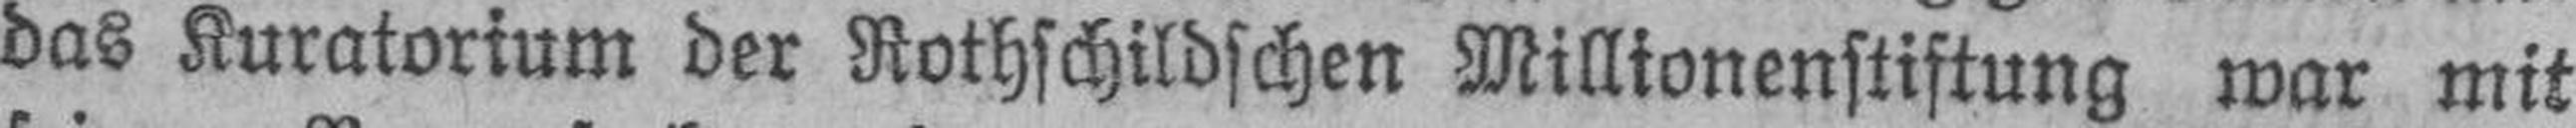
das Kuratorium der Rothschildschen Millionenstiftung war mit